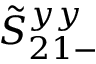
\tilde { S } _ { 2 1 - } ^ { y y }